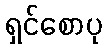
ရှင်စောပု